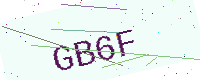
Text: GB6F